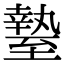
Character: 𦥎